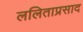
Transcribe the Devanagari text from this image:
ललिताप्रसाद